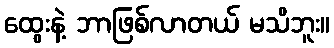
ထွေးနဲ့ ဘာဖြစ်လာတယ် မသိဘူး။